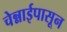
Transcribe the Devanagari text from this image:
चेन्नाईपासून